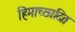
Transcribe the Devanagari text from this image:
हिमाच्‍छादित